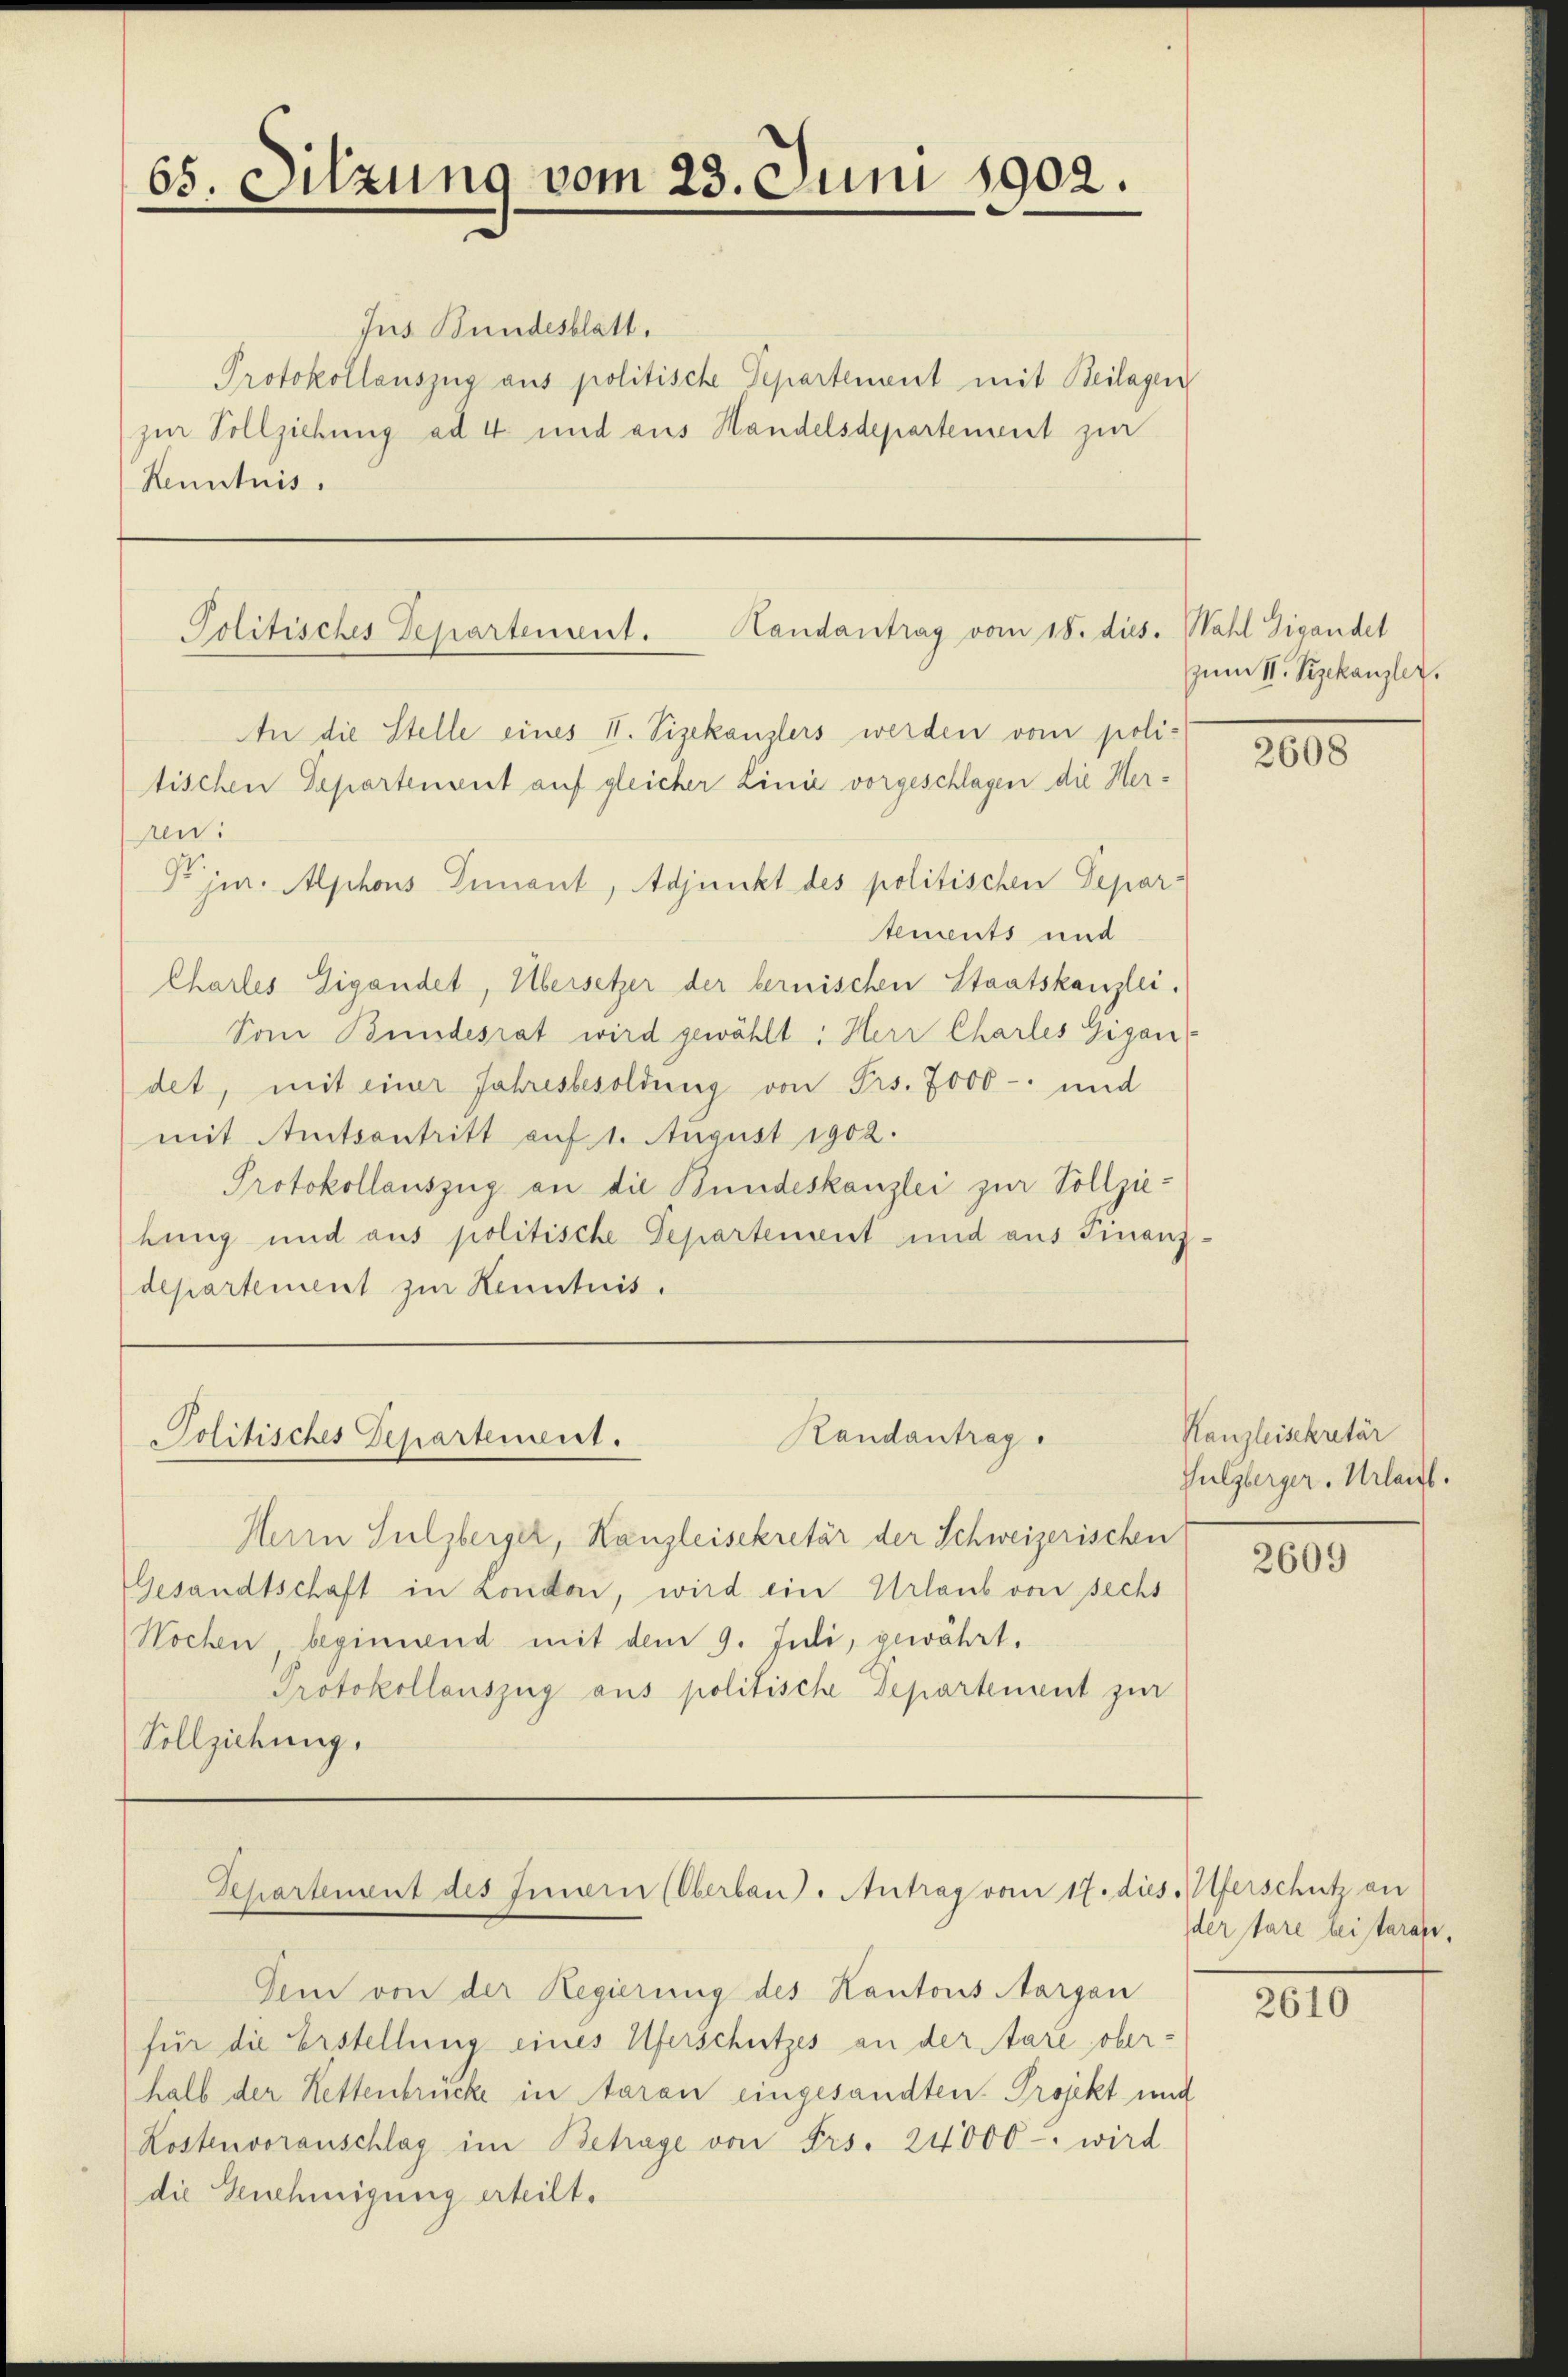
65. Sitzung vom 23. Juni 1902.

An die Stelle eines II. Vizekanzlers werden vom poli-
tischen Departenant auf gleicher Linie vorgeschlagen die Heran:
Dr jur. Alphons Diment, Adjunkt des politischen Depar-
tements und
Charles Eigendet, Übersetzer der bernischen Staatskanzlei.
Vom Bundesrat wird gewählt: Herr Charles Gigan
det, mit einer Jahresbesoldung von Frs. 7000 - und
mit Amtsantritt auf 1. August 1902.
Protokollauszug an die Bundeskanzlei zur Vollziehung und aus politische Departement und aus Finanz-
departement zur Kenntnis.

Jus Bundesblatt.
Protokollauszug aus politische Separtenant mit Beilagen
zur Vollziehung ad 4. und aus Handelsdepartement zur
Kenntnis.

Kandantrag vom 18. dies.
Politisches Departement.

Kandantrag.
Politisches Departement.

Herrn Sulzberger, Kanzleisekretär der Schweizerischen
Gesandtschaft in Londo, wird ein Urlaub von sechs
Wochen beginnend mit dem 9. Juli, gewährt.
Protokollauszug aus politische Departement zur
Vollziehung,

Pehartement des Innern (Oberbau. Antrag vom 17. dies Uferschutz an

Dem von der Regierung des Kantons Aargau
für die Erstellung eines Uferschutzes an der Aare oberhalb der Rettenbrücke in daran eingesandten Projekt und
Kostenvoranschlag im Betrage von Frs. 24000 - wird
die Genehmigung erteilt.

Wahl Gigandel
zum St. Vizekanzler.

2608

Kanzleisekretär
Sulzberger. Urlaub.

2609

der fare leistaren.

2610